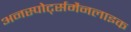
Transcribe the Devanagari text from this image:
अनस्पोर्ट्समैनलाइक